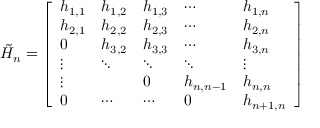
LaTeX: { \tilde { H } } _ { n } = { \left[ \begin{array} { l l l l l } { h _ { 1 , 1 } } & { h _ { 1 , 2 } } & { h _ { 1 , 3 } } & { \cdots } & { h _ { 1 , n } } \\ { h _ { 2 , 1 } } & { h _ { 2 , 2 } } & { h _ { 2 , 3 } } & { \cdots } & { h _ { 2 , n } } \\ { 0 } & { h _ { 3 , 2 } } & { h _ { 3 , 3 } } & { \cdots } & { h _ { 3 , n } } \\ { \vdots } & { \ddots } & { \ddots } & { \ddots } & { \vdots } \\ { \vdots } & { } & { 0 } & { h _ { n , n - 1 } } & { h _ { n , n } } \\ { 0 } & { \cdots } & { \cdots } & { 0 } & { h _ { n + 1 , n } } \end{array} \right] }